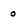
Character: 0